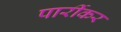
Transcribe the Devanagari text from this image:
पार्रीकर